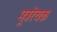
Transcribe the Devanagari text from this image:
मूत्ररेचक